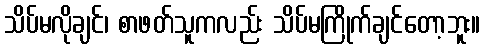
သိပ်မလိုချင်၊ စာဖတ်သူကလည်း သိပ်မကြိုက်ချင်တော့ဘူး။